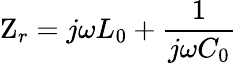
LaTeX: \mathrm{Z}_{r}=j\omega L_{0}+\frac{1}{j\omega C_{0}}